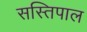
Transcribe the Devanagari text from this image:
सस्तिपाल